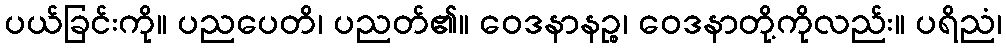
ပယ်ခြင်းကို။ ပညပေတိ၊ ပညတ်၏။ ဝေဒနာနဉ္စ၊ ဝေဒနာတို့ကိုလည်း။ ပရိညံ၊